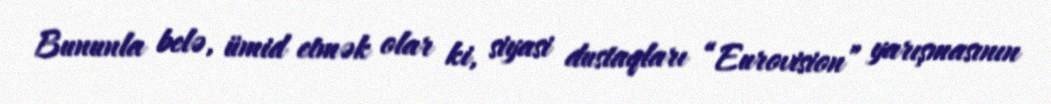
Bununla belə, ümid etmək olar ki, siyasi dustaqları “Eurovision” yarışmasının